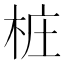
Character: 桩